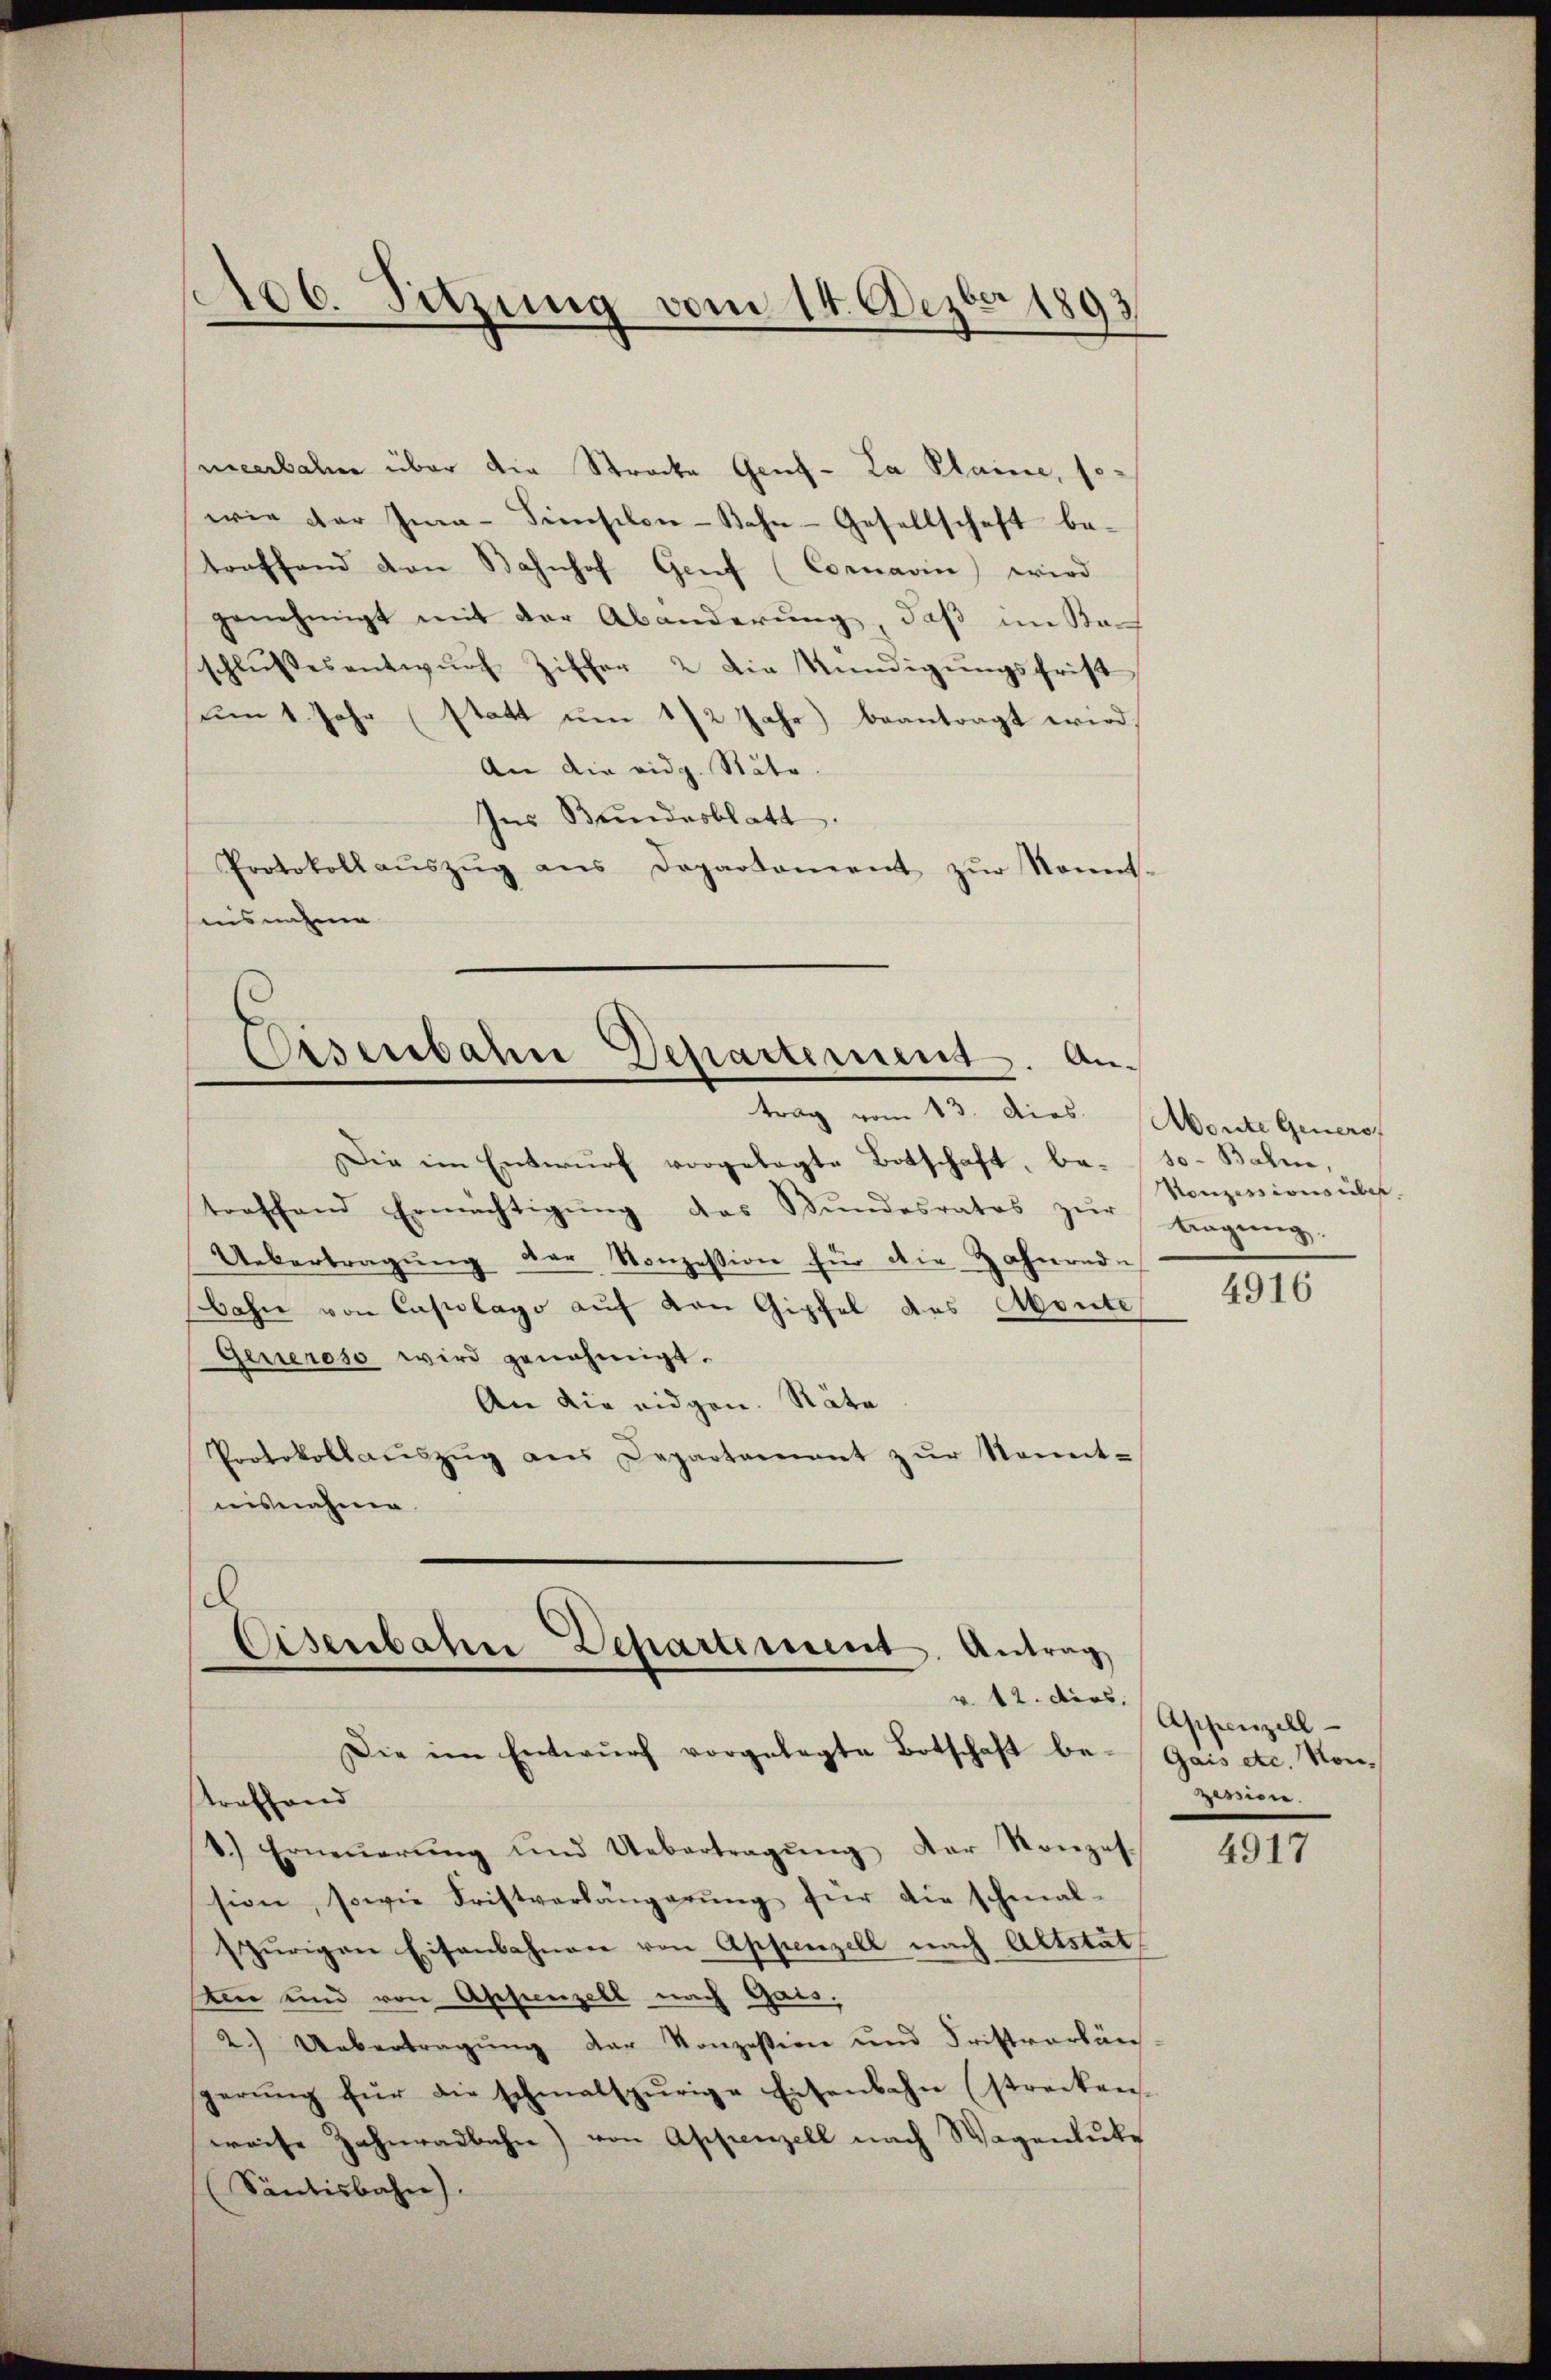
106. Sitzung vom 14. Dezbr 1893

nieerbahn über die Strocke Genz-La Plaine, so
wie der Ima-Simsilon-Bahn-Gesellschaft be-
traffend von Bahnhof Genf (Cornavin) wird
genehmigt mit der Abänderung, daß im Kan
schlussesentwŭrf Ziffer 2 die Kündigungsfrist
um 1. Jahr (statt um 1/2 Jahr) beantragt wird.
An die eidg. Stäte.
Ins Bundesblatt.
Protokoll aŭszŭg ans Departement zŭr Sonnt-
insnahme

Eisenbahn Departement. An¬

trag vom 13. dies. Monte Generof
Die im Entwurf vorgelegte Botschaft, be-so- Bahne,
treffend Ermächtigŭng des Bundesrates zŭr Tragung.
Uebertragŭng der Konzession für die Zahnende
bahn von Capolago auf von Gipfel des Monte
Generoso wird genehmigt.
An die eidgen. Räte
Protokollaŭszŭg ans Departement zŭr Sonnt-
nisnahme

l
Eisenbahn Departement. Antrag

Die im Entwŭrf vorgelegte Botschaft be-Gais etc. Von¬
Strafhand
8.) Erneŭerŭng und Uebertragŭng der Konzes.
sion, sowie Fristverlängerŭng für die schmal-
spurigen Eisenbahnen von Appenzell nach Altstät
Kin und von Appenzell nach Gais,
2.) Uebertragŭng der Konzessine und Fristverlän
sperŭng für die schmalspurige Eisenbahn (strecken
wiese Zahnradbahn) von Appenzell nach Wagenlute
(Säntisbahn).

Konzessions über

4916

v. 12. der Appenzell
iren.

4917